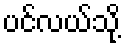
ပင်လယ်သို့